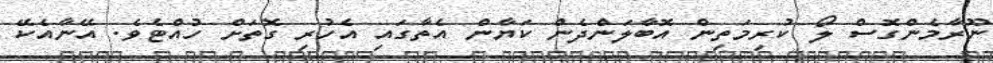
ނޫރާމެންގޮސް ލޯ ކުރިމަތިން އޮބާލަންދެން ކަޔާން އެތާގައި އެހުރި ގޮތަށް ހުއްޓެވެ. އޭނާއެކޭ